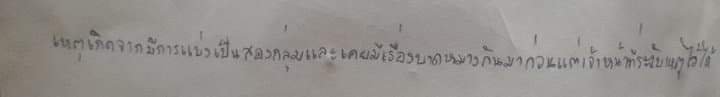
เหตุเกิดจากมีการแบ่งเป็นสองกลุ่มและเคยมีเรื่องบาดหมางกันมาก่อนแต่เจ้าหน้าที่ระงับเหตุไว้ได้